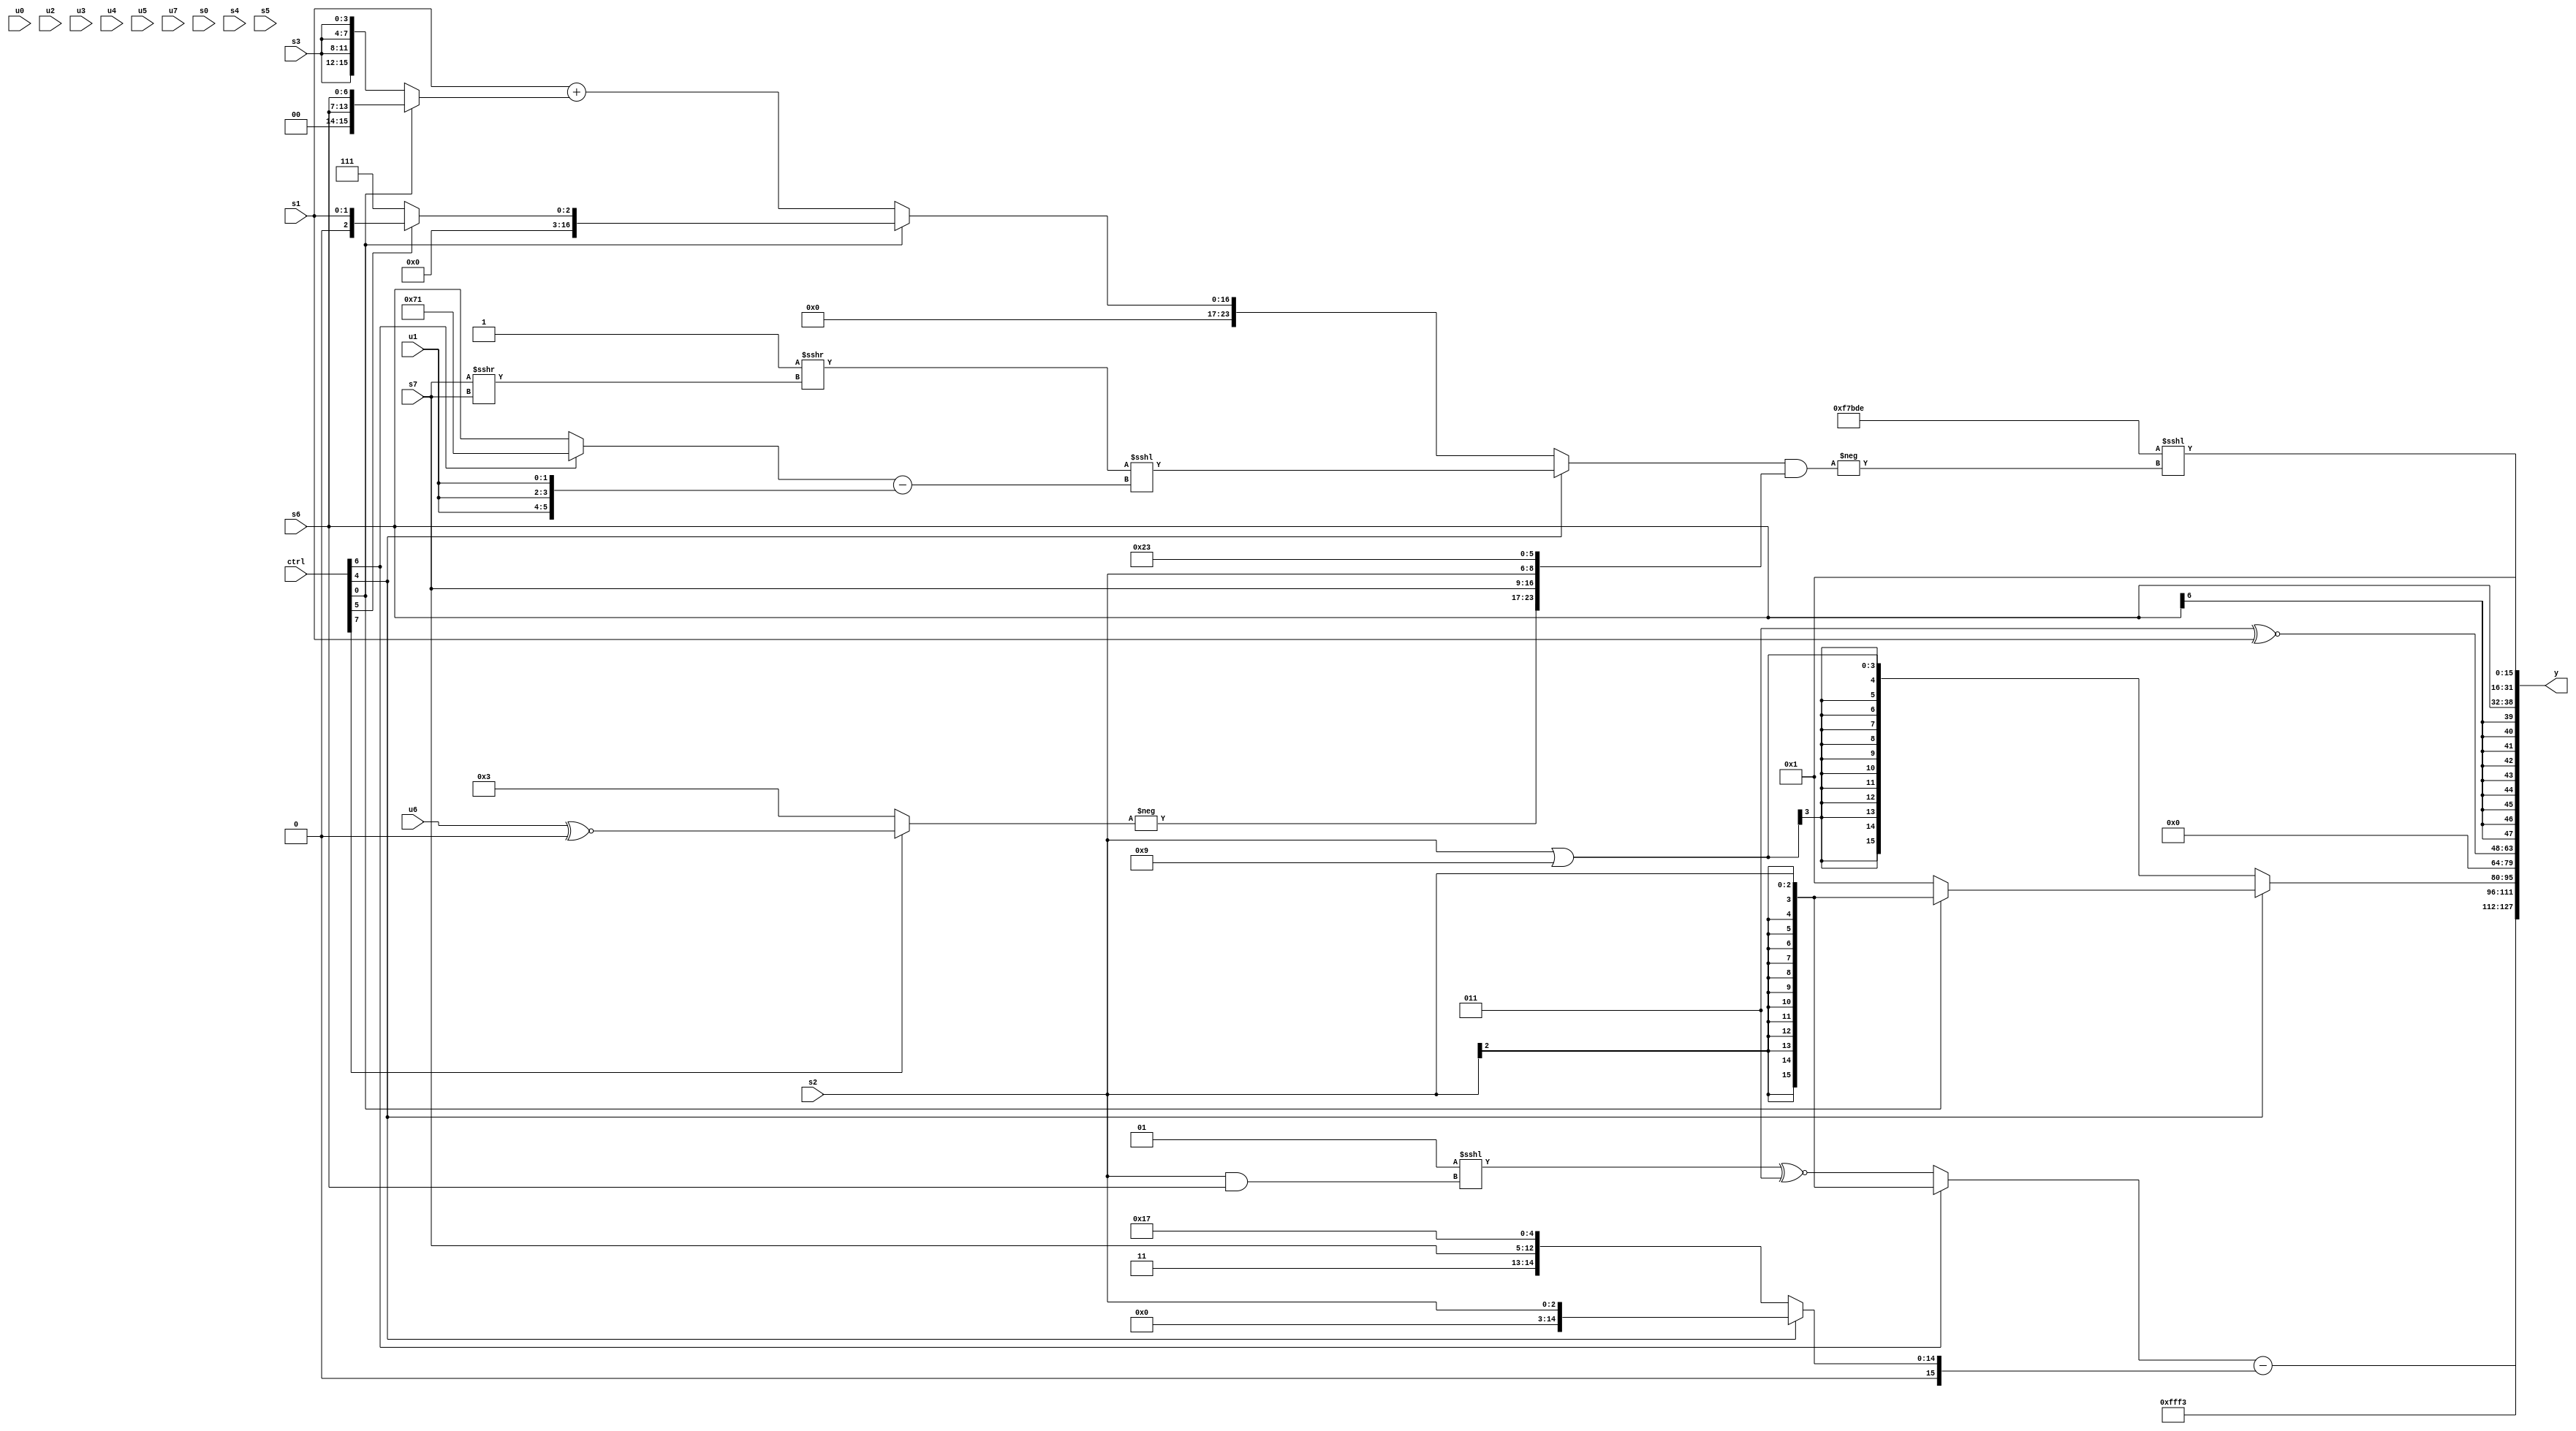
module wideexpr_00927(ctrl, u0, u1, u2, u3, u4, u5, u6, u7, s0, s1, s2, s3, s4, s5, s6, s7, y);
  input [7:0] ctrl;
  input [0:0] u0;
  input [1:0] u1;
  input [2:0] u2;
  input [3:0] u3;
  input [4:0] u4;
  input [5:0] u5;
  input [6:0] u6;
  input [7:0] u7;
  input signed [0:0] s0;
  input signed [1:0] s1;
  input signed [2:0] s2;
  input signed [3:0] s3;
  input signed [4:0] s4;
  input signed [5:0] s5;
  input signed [6:0] s6;
  input signed [7:0] s7;
  output [127:0] y;
  wire [15:0] y0;
  wire [15:0] y1;
  wire [15:0] y2;
  wire [15:0] y3;
  wire [15:0] y4;
  wire [15:0] y5;
  wire [15:0] y6;
  wire [15:0] y7;
  assign y = {y0,y1,y2,y3,y4,y5,y6,y7};
  assign y0 = +(5'sb10011);
  assign y1 = ((ctrl[6]?s2:(((5'sb11111)&(2'sb01))<<<(($signed(s2))&($signed(s6))))^~($signed(+(3'b011)))))-($signed($signed((ctrl[4]?s2:{{4'sb0100,3'sb011,s7,4'sb1011},1'sb1}))));
  assign y2 = (ctrl[4]?(ctrl[0]?(ctrl[0]?$signed($signed(s2)):s7):2'sb01):$signed((s2)|(4'sb1001)));
  assign y3 = +(2'sb00);
  assign y4 = ($signed((4'sb1010)^(4'sb1001)))^~(s1);
  assign y5 = s6;
  assign y6 = 2'sb01;
  assign y7 = ({4{5'b11110}})<<<(-(+(((ctrl[4]?($unsigned((3'sb111)>>>((s7)>>>(s7))))<<<(($unsigned((ctrl[6]?5'sb10001:s6)))-({3{u1}})):(ctrl[0]?+((ctrl[5]?s1:3'sb111)):(s1)+((ctrl[0]?{2{s6}}:{4{s3}})))))&({-((ctrl[7]?($signed(u6))^~(1'sb0):3'sb011)),s7,s2,6'sb100011}))));
endmodule